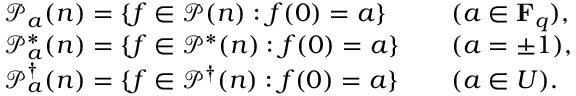
\begin{array} { r l r l } & { \mathcal { P } _ { a } ( n ) = \{ f \in \mathcal { P } ( n ) : f ( 0 ) = a \} } & & { ( a \in \mathbf { F } _ { q } ) , } \\ & { \mathcal { P } _ { a } ^ { * } ( n ) = \{ f \in \mathcal { P } ^ { * } ( n ) : f ( 0 ) = a \} } & & { ( a = \pm 1 ) , } \\ & { \mathcal { P } _ { a } ^ { \dagger } ( n ) = \{ f \in \mathcal { P } ^ { \dagger } ( n ) : f ( 0 ) = a \} } & & { ( a \in U ) . } \end{array}